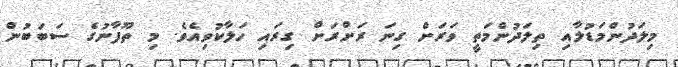
މިލަދުންމަޑުލާއި ތިލަދުންމަތީ ވަރަށް ގިނަ ރަށްރަށް ގިރައި ހަލާކުވިއެވެ. މި ތޫފާނުގެ ސަބަބުން